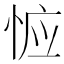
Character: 𰑦